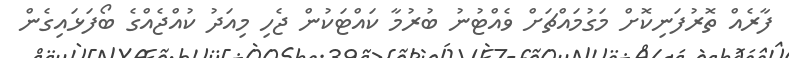
ފާރެއް ތޮރުފަނިކޮށް މަގުމައްޗަށް ވެއްޓުނު ބުރުމާ ކައްޓަކުން ޖެހި މިއަދު ކުއްޖެއްގެ ބޯފަޅައިގެން